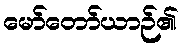
မော်တော်ယာဉ်၏